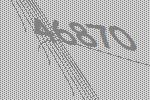
46870